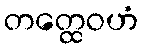
တတ္ထေဝဟံ